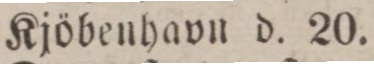
Kjöbenhavn d. 20.